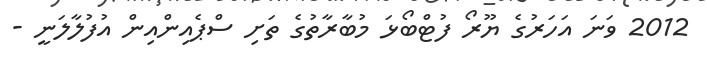
2012 ވަނަ އަހަރުގެ ޔޫރޯ ފުޓްބޯޅަ މުބާރާތުގެ ތަށި ސްޕެއިންއިން އުފުލާލަނީ -